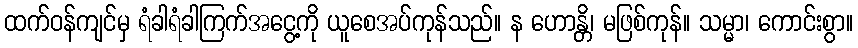
ထက်ဝန်ကျင်မှ ရံခါရံခါကြက်အငွေ့ကို ယူစေအပ်ကုန်သည်။ န ဟောန္တိ၊ မဖြစ်ကုန်။ သမ္မာ၊ ကောင်းစွာ။